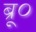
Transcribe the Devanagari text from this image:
ब्रू०